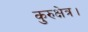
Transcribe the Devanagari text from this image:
कुरुक्षेत्र।